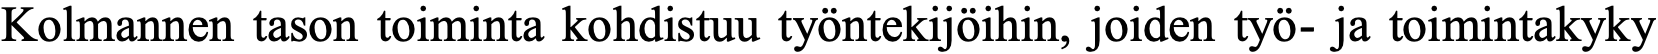
Kolmannen tason toiminta kohdistuu työntekijöihin, joiden työ- ja toimintakyky